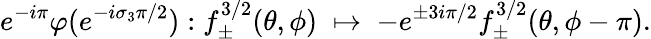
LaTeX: e^{-i\pi}\varphi(e^{-i\sigma_{3}\pi/2}):f_{\pm}^{3/2}(\theta,\phi)\; \mapsto\; -e^{\pm 3i\pi/2}f_{\pm}^{3/2}(\theta,\phi-\pi).